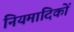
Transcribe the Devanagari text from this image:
नियमादिकों